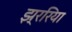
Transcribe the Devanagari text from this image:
झ्ररिया